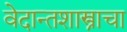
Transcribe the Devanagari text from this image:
वेदान्तशास्त्राचा